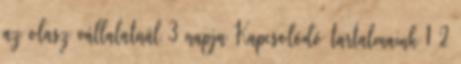
az olasz vállalatnál 3 napja Kapcsolódó tartalmaink 1 2